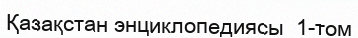
Қазақстан энциклопедиясы  1-том